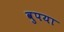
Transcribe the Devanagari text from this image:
वुपया